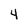
Character: 4